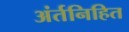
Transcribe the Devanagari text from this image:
अंर्तनिहित